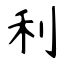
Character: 利